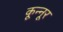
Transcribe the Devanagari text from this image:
कून्‍नूर